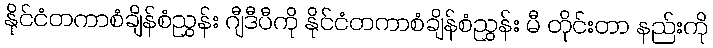
နိုင်ငံတကာစံချိန်စံညွှန်း ဂျီဒီပီကို နိုင်ငံတကာစံချိန်စံညွှန်း မီ တိုင်းတာ နည်းကို